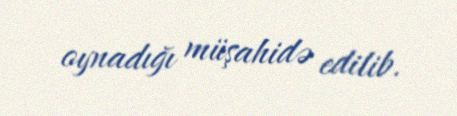
oynadığı müşahidə edilib.